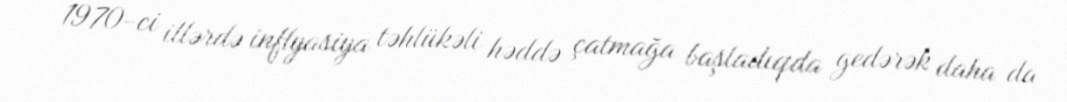
1970-ci illərdə inflyasiya təhlükəli həddə çatmağa başladıqda gedərək daha da